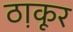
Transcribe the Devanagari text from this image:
ठा़कूर